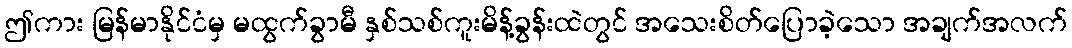
ဤကား မြန်မာနိုင်ငံမှ မထွက်ခွာမီ နှစ်သစ်ကူးမိန့်ခွန်းထဲတွင် အသေးစိတ်ပြောခဲ့သော အချက်အလက်